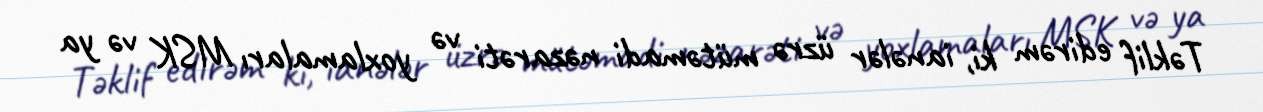
Təklif edirəm ki, ianələr üzrə mütəmadi nəzarəti və yoxlamaları MSK və ya